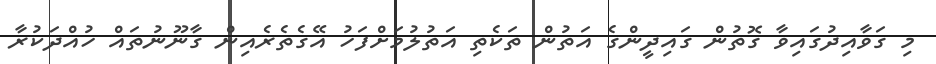
މި ގަވާއިދުގައިވާ ގޮތުން ގައިދީންގެ އަތުން ތަކެތި އަތުލުމަށްފަހު އޭގެތެރެއިން ގާނޫނުތައް ހުއްދަކުރާ